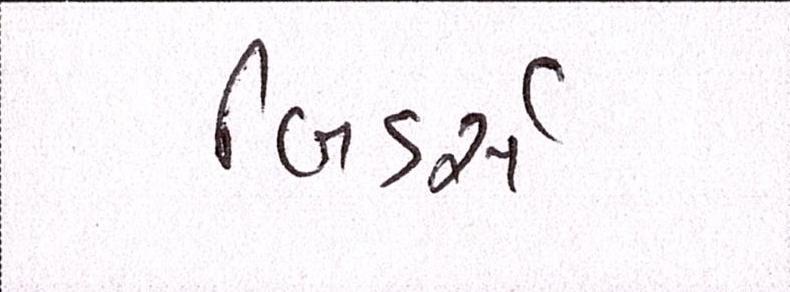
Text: બિડર્સ